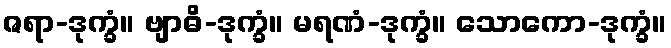
ဇရာ-ဒုက္ခံ။ ဗျာဓိ-ဒုက္ခံ။ မရဏံ-ဒုက္ခံ။ သောကော-ဒုက္ခံ။